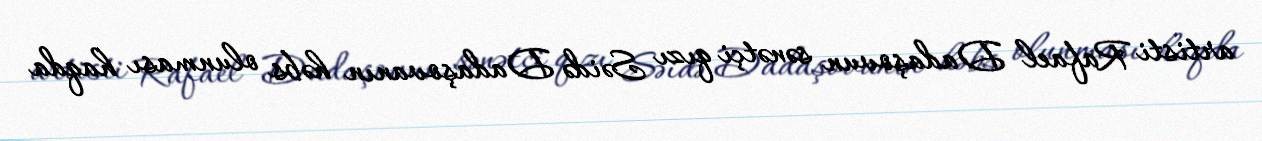
artisti Rafael Dadaşovun sənətçi qızı Səidə Dadaşovanın həbs olunması haqda